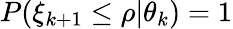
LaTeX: P(\xi_{k+1}\le\rho|\theta_{k})=1